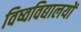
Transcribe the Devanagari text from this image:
विष्वविद्यालयों